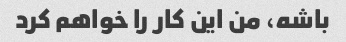
باشه، من این کار را خواهم کرد